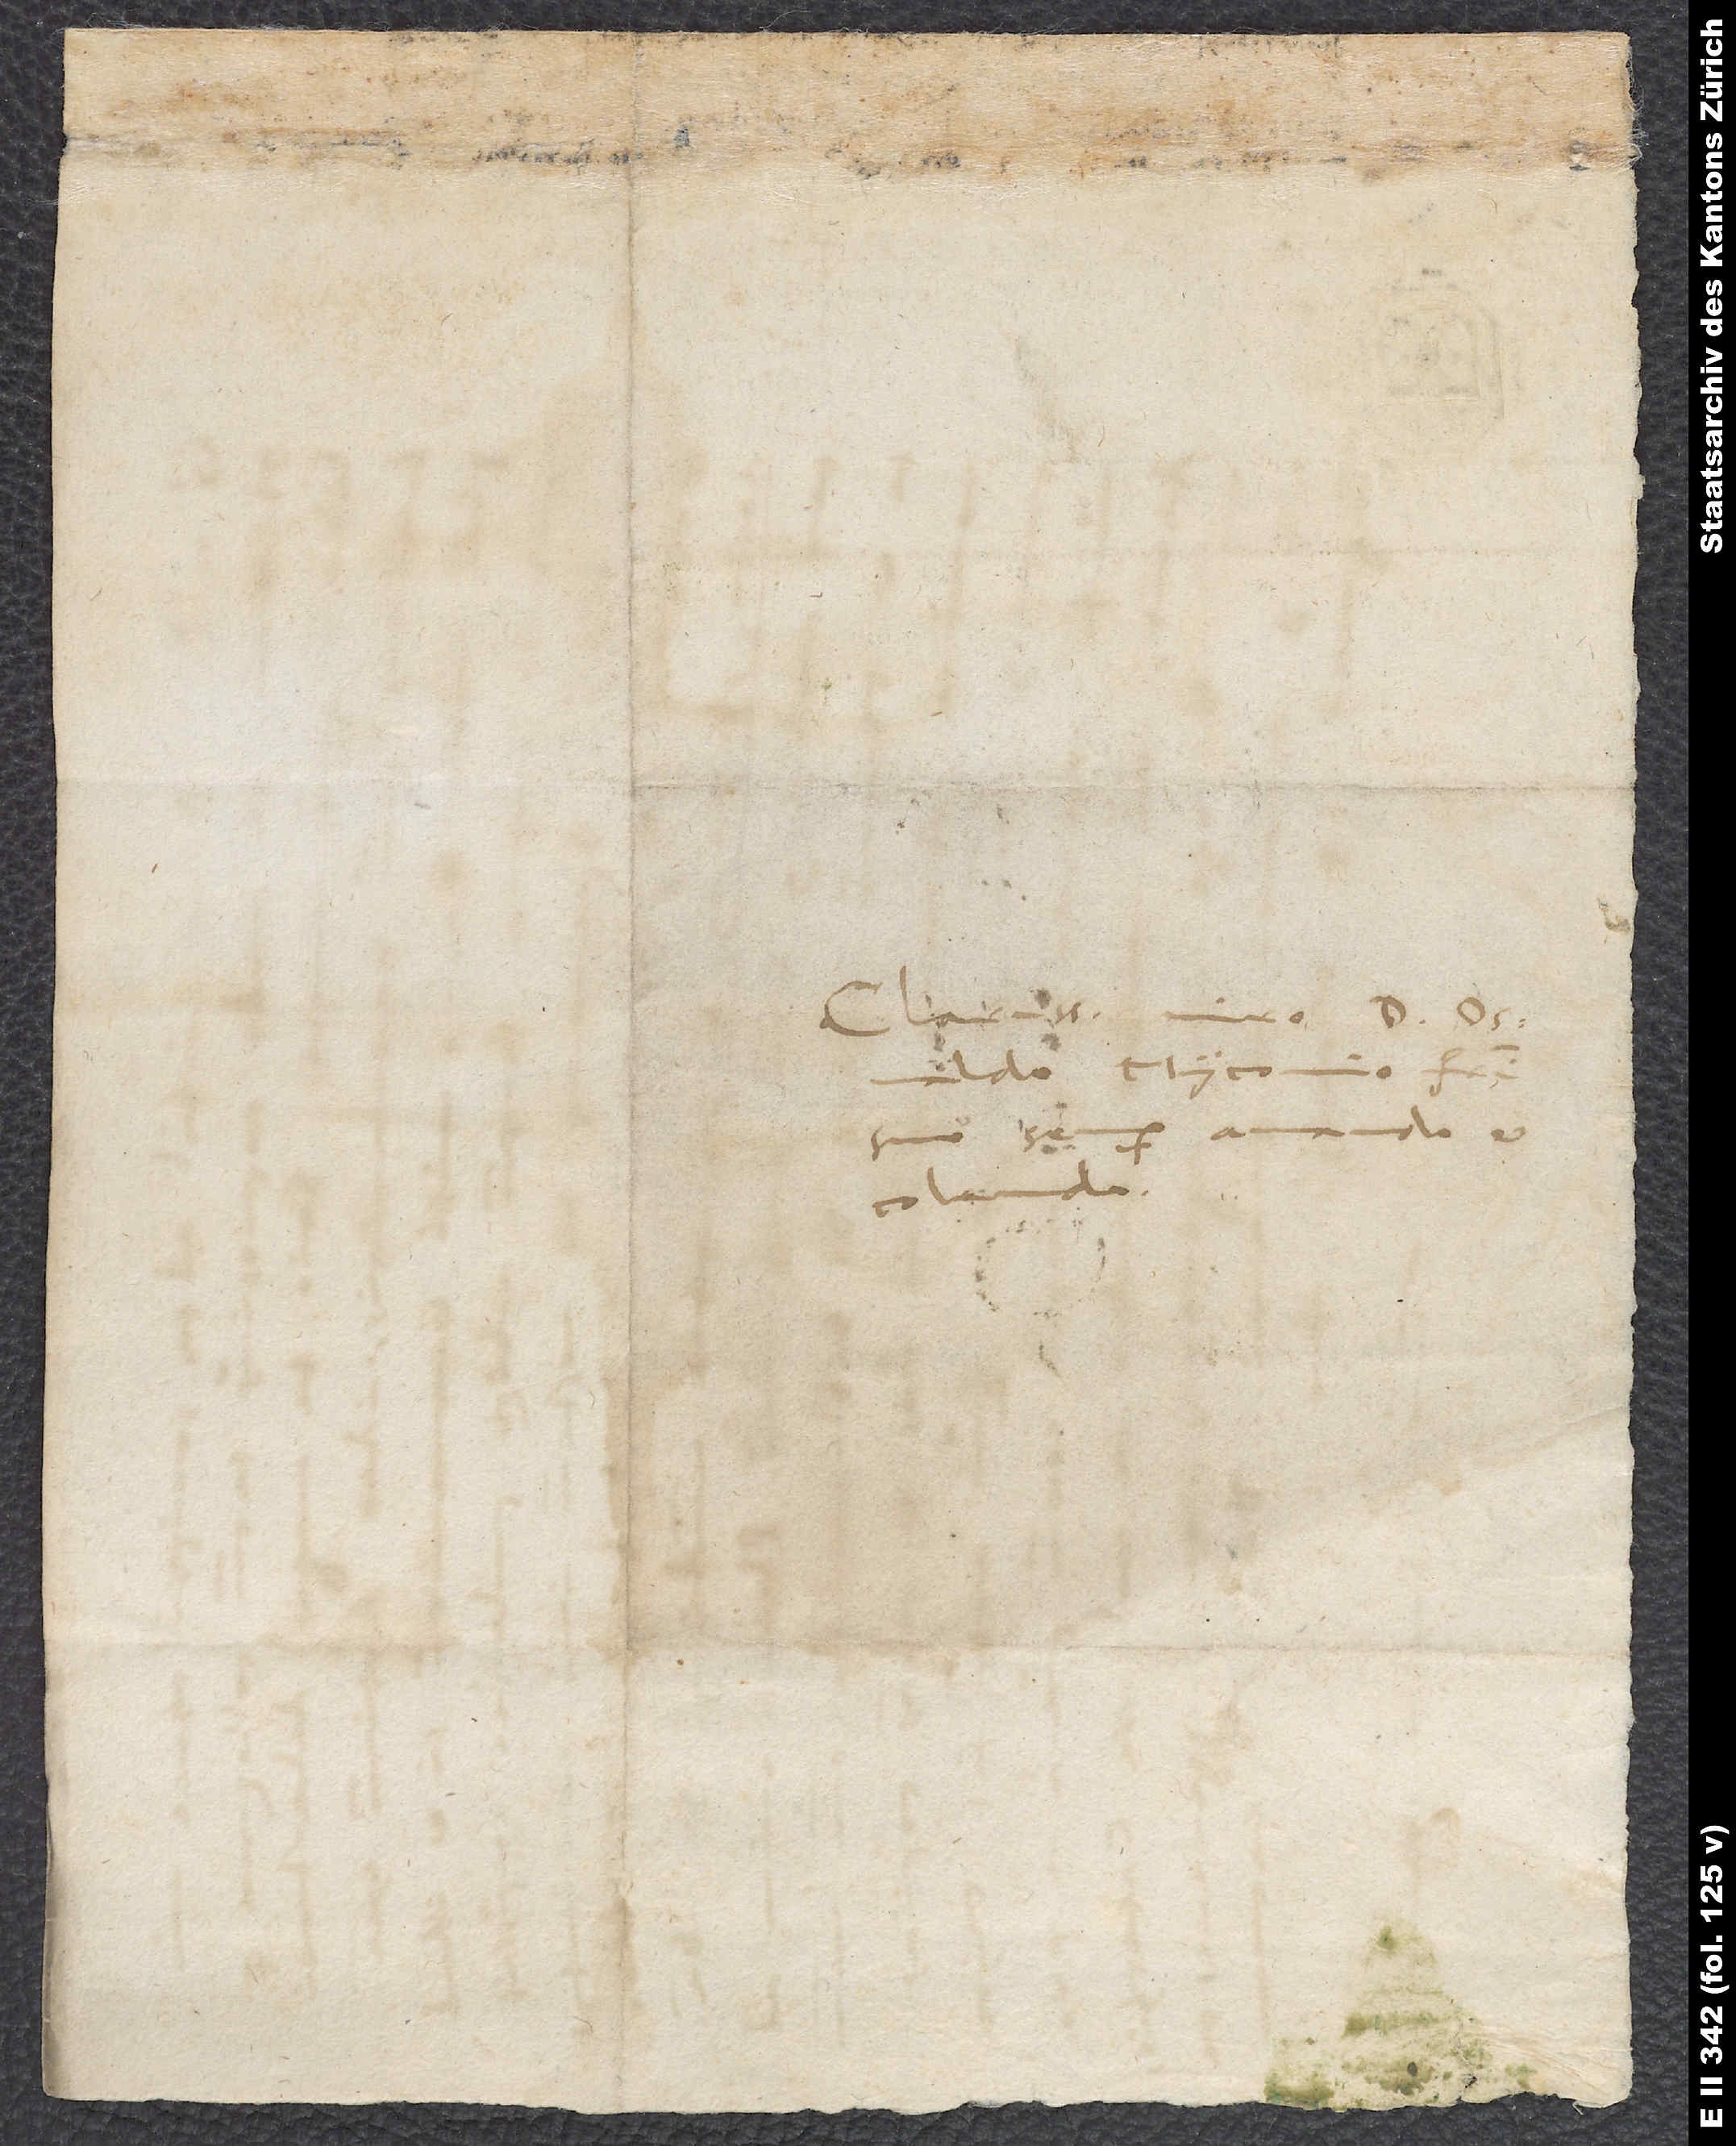
Clarissimo viro d. Osvaldo
Myconio, fratri
suo semper amando et
colendo.